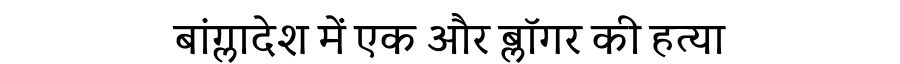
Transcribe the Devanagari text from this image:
बांग्लादेश में एक और ब्लॉगर की हत्या